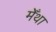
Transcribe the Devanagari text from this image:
मेँथा